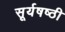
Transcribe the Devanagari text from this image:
सूर्यषष्ठी